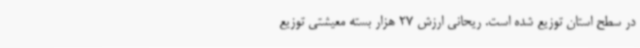
در سطح استان توزیع شده است. ریحانی ارزش 27 هزار بسته معیشتی توزیع